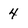
Character: 4